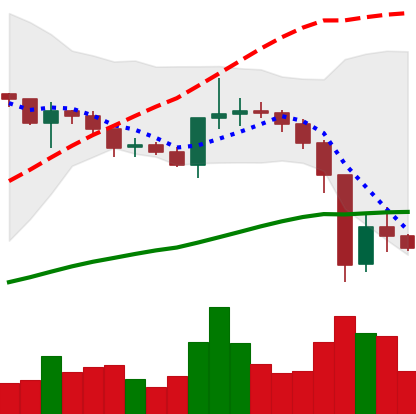
Ticker: XRP-USD
Chart end date: 2020-12-26
Forward return: -25.403%
Label: down_7plus